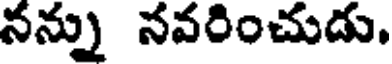
నన్ను నవరించుడు.